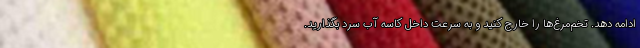
ادامه دهد. تخم‌مرغ‌ها را خارج کنید و به سرعت داخل کاسه آب سرد بگذارید.